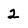
Character: 2